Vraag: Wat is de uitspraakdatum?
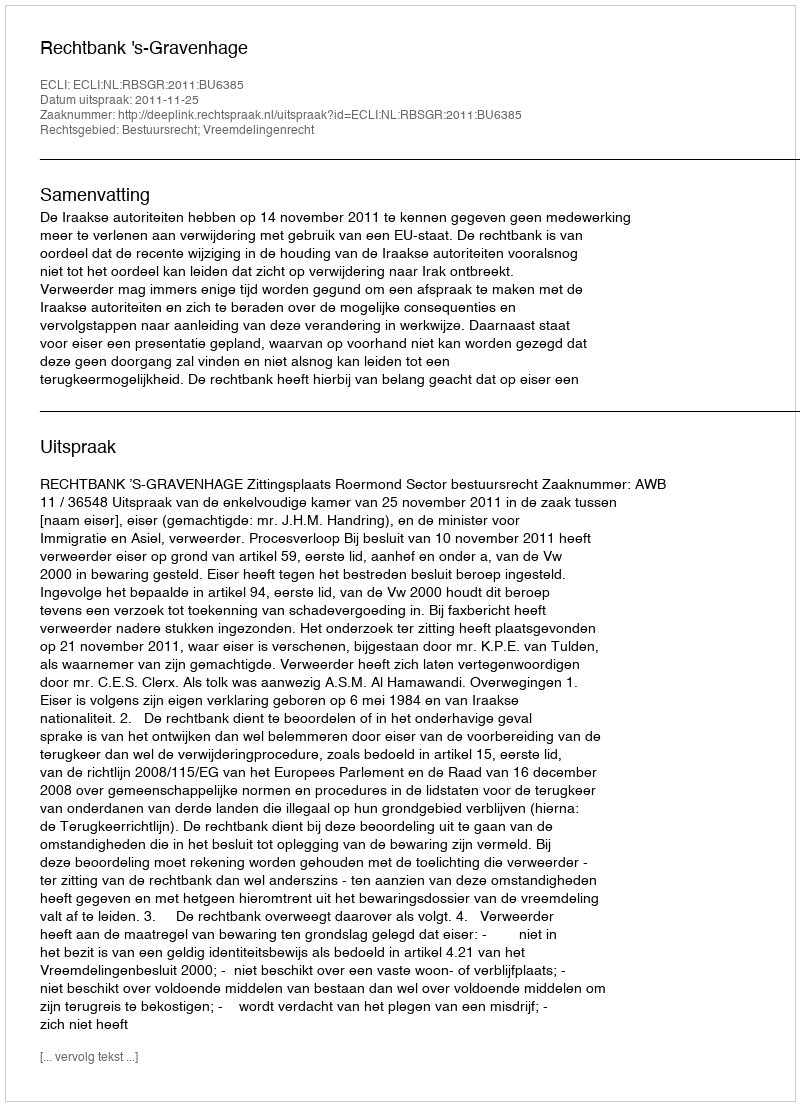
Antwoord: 2011-11-25